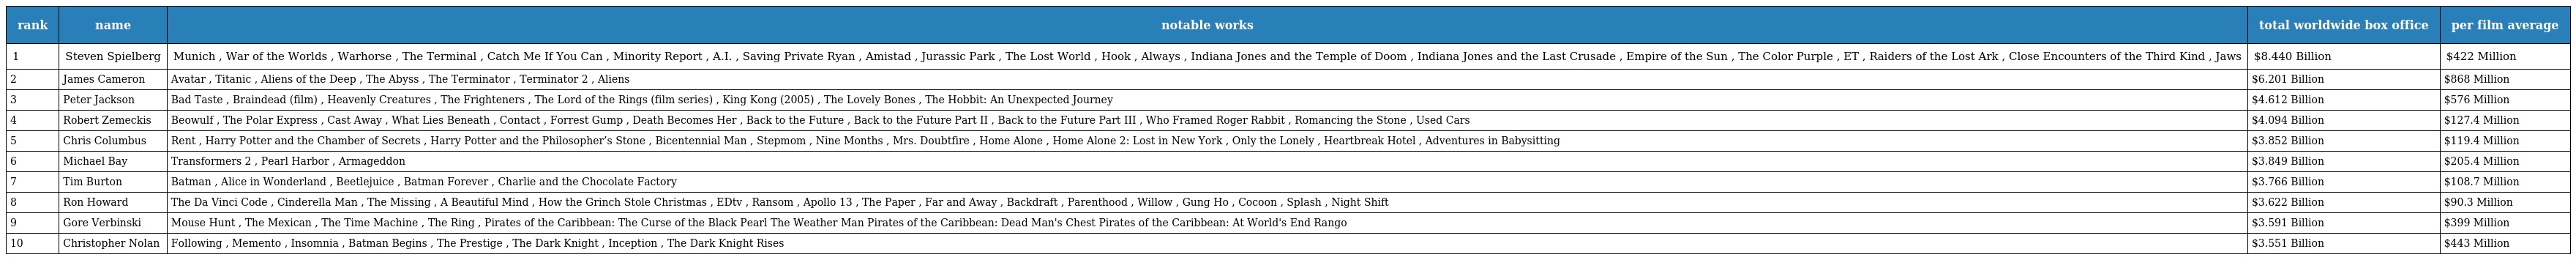
| rank | name | notable works | total worldwide box office | per film average |
 | --- | --- | --- | --- | --- |
 | 1 | Steven Spielberg | Munich , War of the Worlds , Warhorse , The Terminal , Catch Me If You Can , Minority Report , A.I. , Saving Private Ryan , Amistad , Jurassic Park , The Lost World , Hook , Always , Indiana Jones and the Temple of Doom , Indiana Jones and the Last Crusade , Empire of the Sun , The Color Purple , ET , Raiders of the Lost Ark , Close Encounters of the Third Kind , Jaws | $8.440 Billion | $422 Million |
 | 2 | James Cameron | Avatar , Titanic , Aliens of the Deep , The Abyss , The Terminator , Terminator 2 , Aliens | $6.201 Billion | $868 Million |
 | 3 | Peter Jackson | Bad Taste , Braindead (film) , Heavenly Creatures , The Frighteners , The Lord of the Rings (film series) , King Kong (2005) , The Lovely Bones , The Hobbit: An Unexpected Journey | $4.612 Billion | $576 Million |
 | 4 | Robert Zemeckis | Beowulf , The Polar Express , Cast Away , What Lies Beneath , Contact , Forrest Gump , Death Becomes Her , Back to the Future , Back to the Future Part II , Back to the Future Part III , Who Framed Roger Rabbit , Romancing the Stone , Used Cars | $4.094 Billion | $127.4 Million |
 | 5 | Chris Columbus | Rent , Harry Potter and the Chamber of Secrets , Harry Potter and the Philosopher’s Stone , Bicentennial Man , Stepmom , Nine Months , Mrs. Doubtfire , Home Alone , Home Alone 2: Lost in New York , Only the Lonely , Heartbreak Hotel , Adventures in Babysitting | $3.852 Billion | $119.4 Million |
 | 6 | Michael Bay | Transformers 2 , Pearl Harbor , Armageddon | $3.849 Billion | $205.4 Million |
 | 7 | Tim Burton | Batman , Alice in Wonderland , Beetlejuice , Batman Forever , Charlie and the Chocolate Factory | $3.766 Billion | $108.7 Million |
 | 8 | Ron Howard | The Da Vinci Code , Cinderella Man , The Missing , A Beautiful Mind , How the Grinch Stole Christmas , EDtv , Ransom , Apollo 13 , The Paper , Far and Away , Backdraft , Parenthood , Willow , Gung Ho , Cocoon , Splash , Night Shift | $3.622 Billion | $90.3 Million |
 | 9 | Gore Verbinski | Mouse Hunt , The Mexican , The Time Machine , The Ring , Pirates of the Caribbean: The Curse of the Black Pearl The Weather Man Pirates of the Caribbean: Dead Man's Chest Pirates of the Caribbean: At World's End Rango | $3.591 Billion | $399 Million |
 | 10 | Christopher Nolan | Following , Memento , Insomnia , Batman Begins , The Prestige , The Dark Knight , Inception , The Dark Knight Rises | $3.551 Billion | $443 Million |